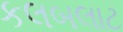
કલબલાટ